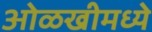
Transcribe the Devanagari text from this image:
ओळखीमध्ये